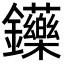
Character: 𨰤